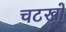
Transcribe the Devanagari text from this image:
चटखों